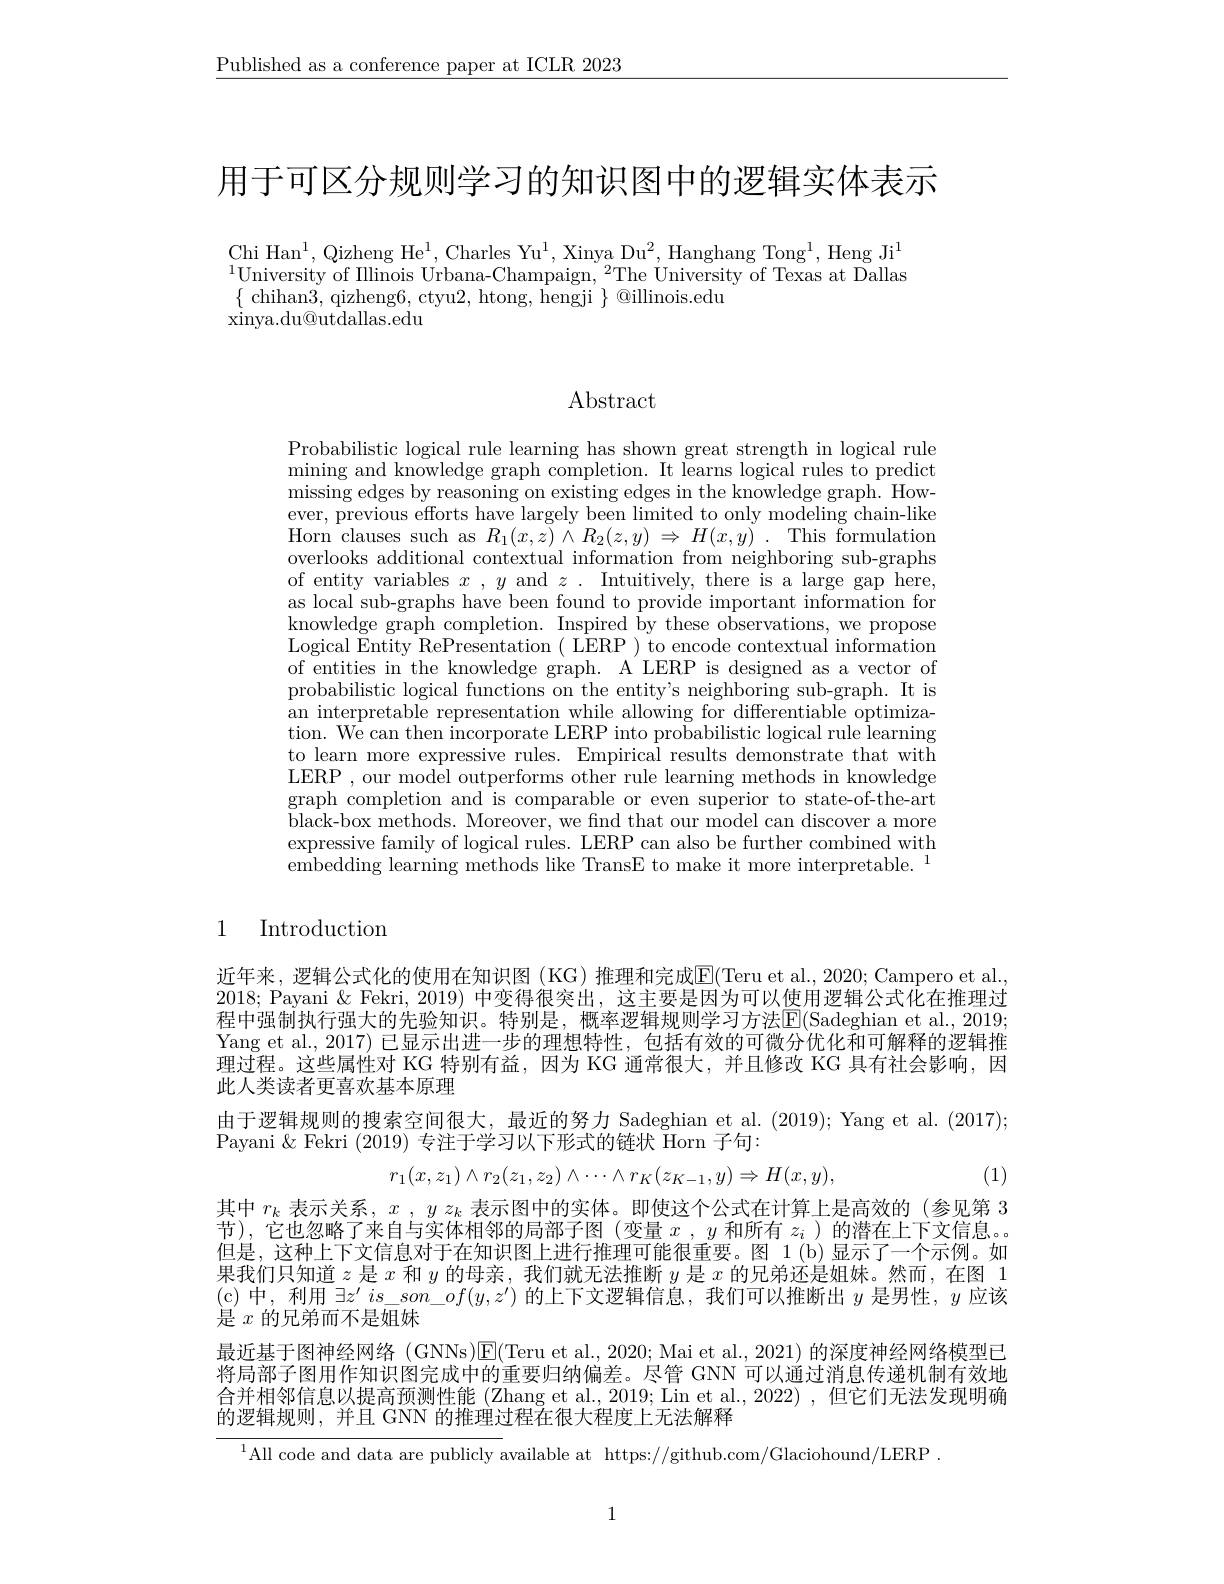
$\underline{\text{Published as a conference paper at ICLR 2023}}$

用于可区分规则学习的知识图中的逻辑实体表示

$\mathrm{Chi~Han}^{1}$,Qizheng He$^1$,Charles Yu$^1$,Xinya Du$^2$,Hanghang Tong$^1$,Heng Ji$^1$ 1University of Illinois Urbana- Champaign, 2The University of Texas at Dallas 1University of Illinois Urbana- Champaign, 2The University of Texas at Dallas 1University of Illinois Urbana- Champaign, 2The University of Texas at Dallas 1 $\{$ chihan3, qizheng6, ctyu2, htong, hengji $\}$ @illinois.edu
xinya.du@utdallas.edu

## Abstract

Probabilistic logical rule learning has shown great strength in logical rule mining and knowledge graph completion. It learns logical rules to predict missing edges by reasoning on existing edges in the knowledge graph. However, previous efforts have largely been limited to only modeling chain-like Horn clauses such as $R_{1}( x, z) \wedge R_{2}( z, y) \Rightarrow H( x, y) .$This formulation overlooks additional contextual information from neighboring sub-graphs of entity variables $x$ , $y$ and $z$ . Intuitively, there is a large gap here, as local sub-graphs have been found to provide important information for knowledge graph completion. Inspired by these observations, we propose Logical Entity RePresentation ( LERP ) to encode contextual information of entities in the knowledge graph. A LERP is designed as a vector of probabilistic logical functions on the entity's neighboring sub-graph. It is an interpretable representation while allowing for differentiable optimization. We can then incorporate LERP into probabilistic logical rule learning to learn more expressive rules. Empirical results demonstrate that with LERP , our model outperforms other rule learning methods in knowledge graph completion and is comparable or even superior to state-of-the-art black-box methods. Moreover, we find that our model can discover a more expressive family of logical rules. LERP can also be further combined with $\dot{\text{embedding learning methods like TransE to make it more interpretable.}}^{1}$

### 1 Introduction

近年来，逻辑公式化的使用在知识图 (KG)推理和完成$\overline{\mathrm{E}}($Teru et al.,2020;Campero et al. 2018; Payani & Fekri, 2019) 中变得很突出，这主要是因为可以使用逻辑公式化在推理过程中强制执行强大的先验知识。特别是，概率逻辑规则学习方法E(Sadeghian et al.,2019; Yang et al., 2017) 已显示出进一步的理想特性，包括有效的可微分优化和可解释的逻辑推理过程。这些属性对 KG 特别有益，因为 KG 通常很大，并且修改 KG 具有社会影响，因此人类读者更喜欢基本原理
由于逻辑规则的搜索空间很大，最近的努力 Sadeghian et al. (2019); Yang et al. (2017);
Payani $\&$ Fekri (2019) 专注于学习以下形式的链状 Horn 子句：

(1)
$$r_1(x,z_1)\wedge r_2(z_1,z_2)\wedge\cdots\wedge r_K(z_{K-1},y)\Rightarrow H(x,y),$$
其中$r_k$表示关系，$x,yz_k$表示图中的实体。即使这个公式在计算上是高效的(参见第 3节),它也忽略了来自与实体相邻的局部子图(变量$x,y$和所有$z_i$ )的潜在上下文信息。但是，这种上下文信息对于在知识图上进行推理可能很重要。图 1(b)显示了一个示例。如果我们只知道$z$是$x$和$y$的母亲，我们就无法推断$y$是$x$的兄弟还是姐妹。然而，在图 1 (c)中，利用$\exists z^\prime is\_son\_of(y,z^{\prime})$的上下文逻辑信息，我们可以推断出$y$是男性，$y$应该是$x$的兄弟而不是姐妹
最近基于图神经网络 (GNNs)$\underline{\mathrm{E}}($Teru et al., 2020; Mai et al., 2021) 的深度神经网络模型已将局部子图用作知识图完成中的重要归纳偏差。尽管 GNN 可以通过消息传递机制有效地合并相邻信息以提高预测性能 (Zhang et al., 2019; Lin et al., 2022) ,但它们无法发现明确的逻辑规则，并且 GNN 的推理过程在很大程度上无法解释
$^{1}$All code and data are publicly available at https://github.com/Glaciohound/LERP

1